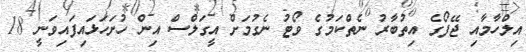
އިލްހާމާއި ޖޭފޯގެ އިތުބާރު ނެތްކަމުގެ ވޯޓު ނެގުމަށް އީގަލްސް އިން ހުށަހަޅައިފައިވަނީ 18